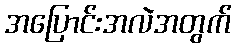
အပြောင်းအလဲအတွက်